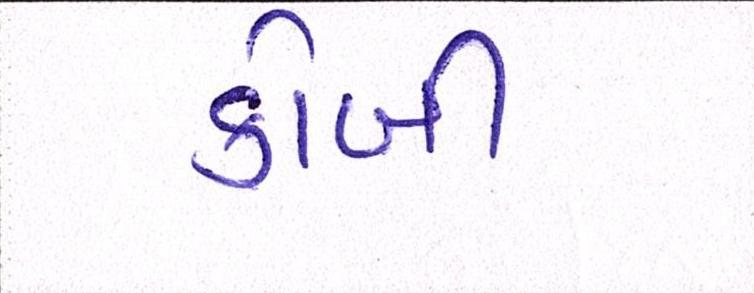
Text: કોબી